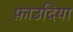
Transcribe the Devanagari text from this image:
फ़ाउदिया